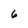
Character: 6